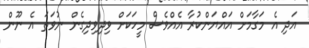
އަދި އެ މަގާމަށް އައްޔަންކުރާ އެއްވެސް މީހަކަށް ވިދިވިދިގެން ނުވަތަ އެ ނޫން